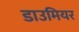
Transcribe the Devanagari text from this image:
डाउमियर